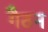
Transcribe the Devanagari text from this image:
गैठन